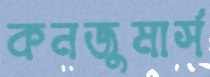
কনজুমার্স